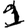
Digit: 1